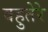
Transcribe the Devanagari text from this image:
वहुतेरे